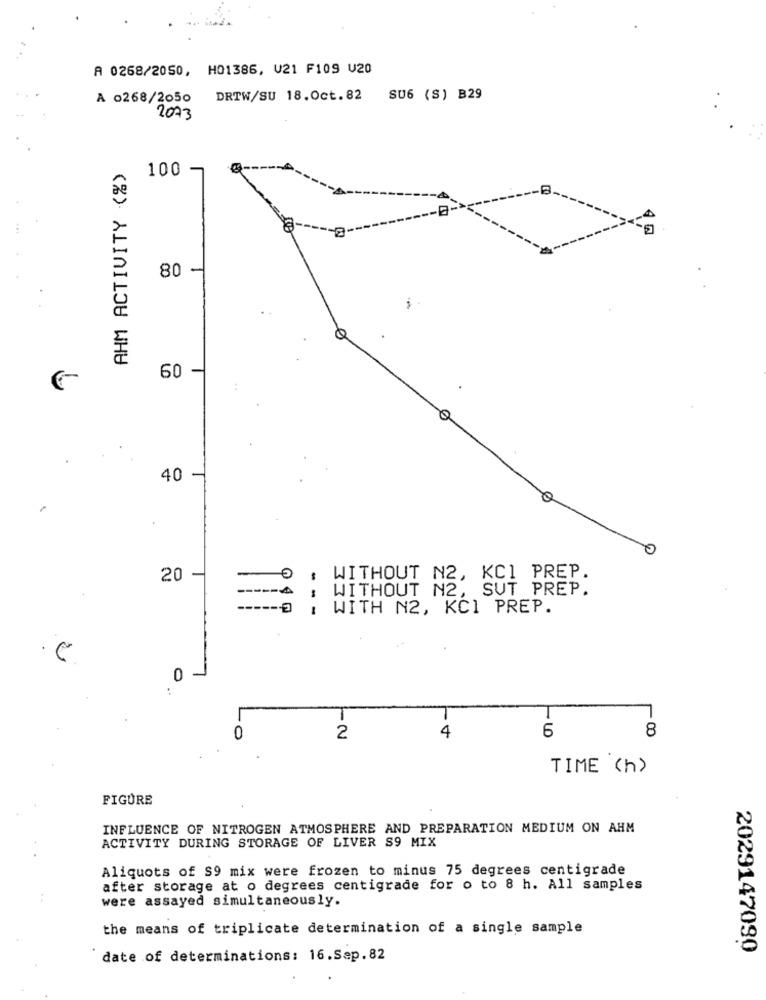
A 0268/2050, H01386, V21 F109 V20
A 0268/2050 DRTW/SU 18.Oct.82 SU6 (S) B29
2073
AHM ACTIVITY (%)
100
80
60
.
40
20
WITHOUT N2, KCI PREP.
---
-- A
WITHOUT N2, SUT PREP.
---
: WITH N2, KCI PREP.
0
:
18
0
2
4
6
TIME (h)
FIGURE
INFLUENCE OF NITROGEN ATMOSPHERE AND PREPARATION MEDIUM ON AHM
ACTIVITY DURING STORAGE OF LIVER S9 MIX
Aliquots of S9 mix were frozen to minus 75 degrees centigrade
after storage at o degrees centigrade for o to 8 h. All samples
were assayed simultaneously.
the means of triplicate determination of a single sample
2029147090
date of determinations: 16.Sep.82